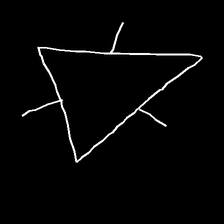
Glyph: fire